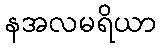
နအလမရိယာ